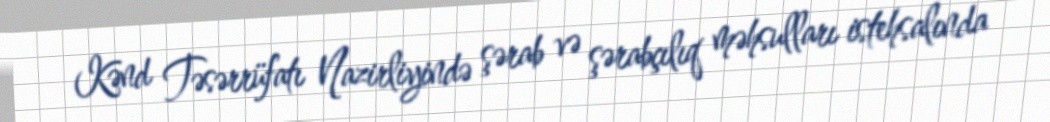
Kənd Təsərrüfatı Nazirliyində şərab və şərabçılıq məhsulları istehsalında